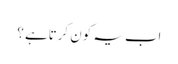
اب یہ کون کرتاہے ؟